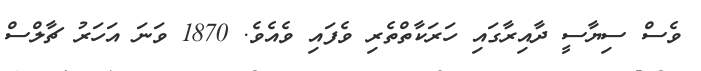
ވެސް ސިޔާސީ ދާއިރާގައި ހަރަކާތްތެރި ވެފައި ވެއެވެ. 1870 ވަނަ އަހަރު ޗާލްސް